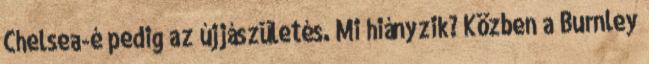
Chelsea-é pedig az újjászületés. Mi hiányzik? Közben a Burnley